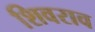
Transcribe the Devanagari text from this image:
शिवराव